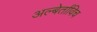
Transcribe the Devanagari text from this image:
अल्बेर्ताविच